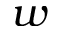
w